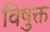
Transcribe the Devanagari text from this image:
विषुक्त